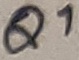
Text: Q1